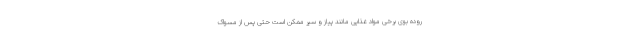
روده بوی برخی مواد غذایی مانند پیاز و سیر ممکن است حتی پس از مسواک